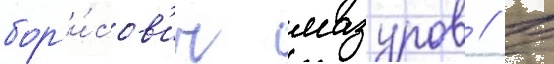
бор'и́сов'ич мазуров // В